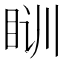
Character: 𰥛